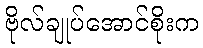
ဗိုလ်ချုပ်အောင်စိုးက